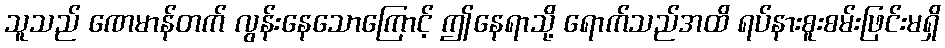
သူသည် ဏေမာန်တက် လွန်းနေသောကြောင့် ဤနေရာသို့ ရောက်သည်အထိ ရပ်နားစူးစမ်းဖြင်းမရှိ